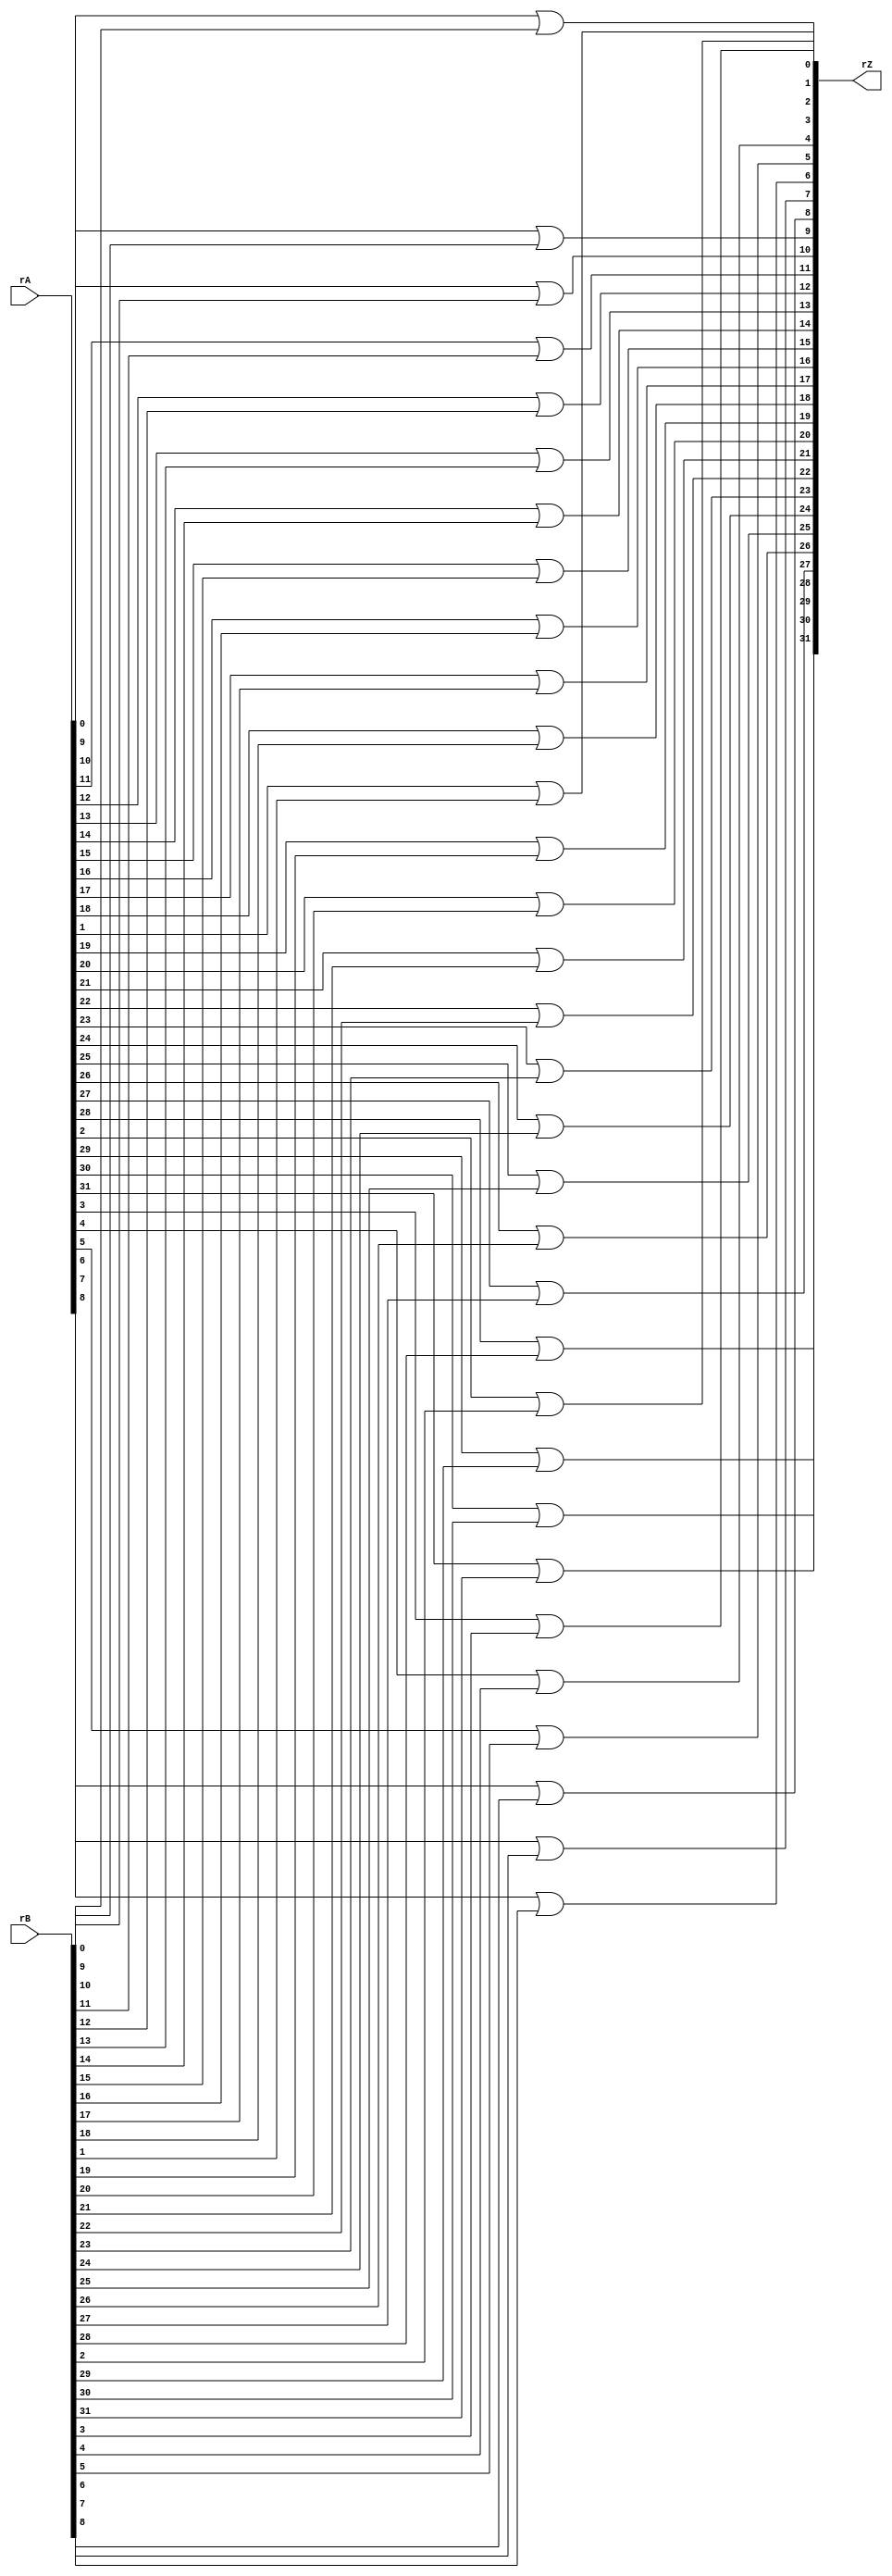
// Zuhair Shaikh and Brant Lan Li
// OR Operation (OR)
// ELEC374 - Digital Systems Engineering
// Department of Electrical and Computer Engineering
// Queen's University
`timescale 1ns/10ps

module or_32(
	input wire [31:0] rA, rB,
	output wire [31:0] rZ
	);
	
	genvar i;
	generate
		for (i=0; i<32; i=i+1) begin : gen_or
			assign rZ[i] = (rA[i])|(rB[i]);
		end
	endgenerate
endmodule